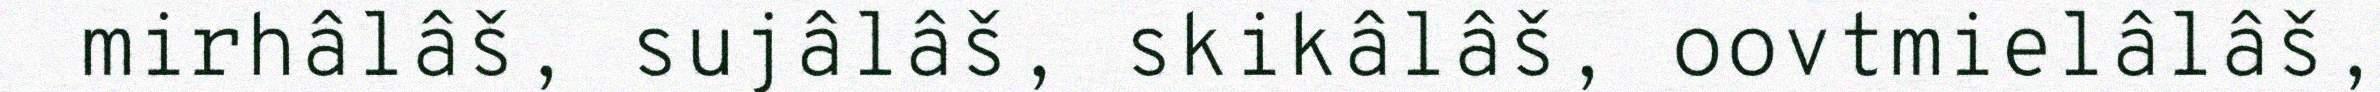
mirhâlâš, sujâlâš, skikâlâš, oovtmielâlâš,